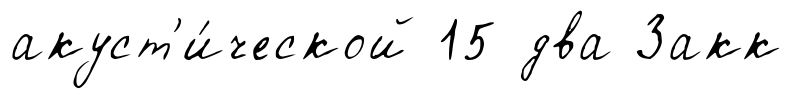
акуст'и́ческой 15 два Закк